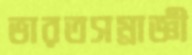
ভারতসম্রাজ্ঞী